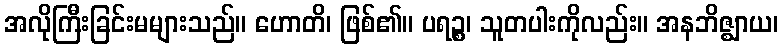
အလိုကြီးခြင်းမများသည်။ ဟောတိ၊ ဖြစ်၏။ ပရဉ္စ၊ သူတပါးကိုလည်း။ အနဘိဇ္ဈာယ၊